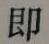
即